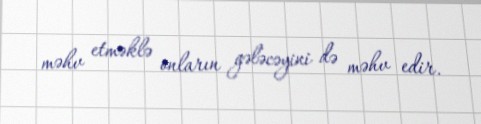
məhv etməklə onların gələcəyini də məhv edir.